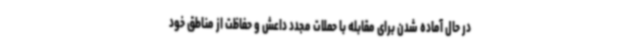
در حال آماده شدن برای مقابله با حملات مجدد داعش و حفاظت از مناطق خود